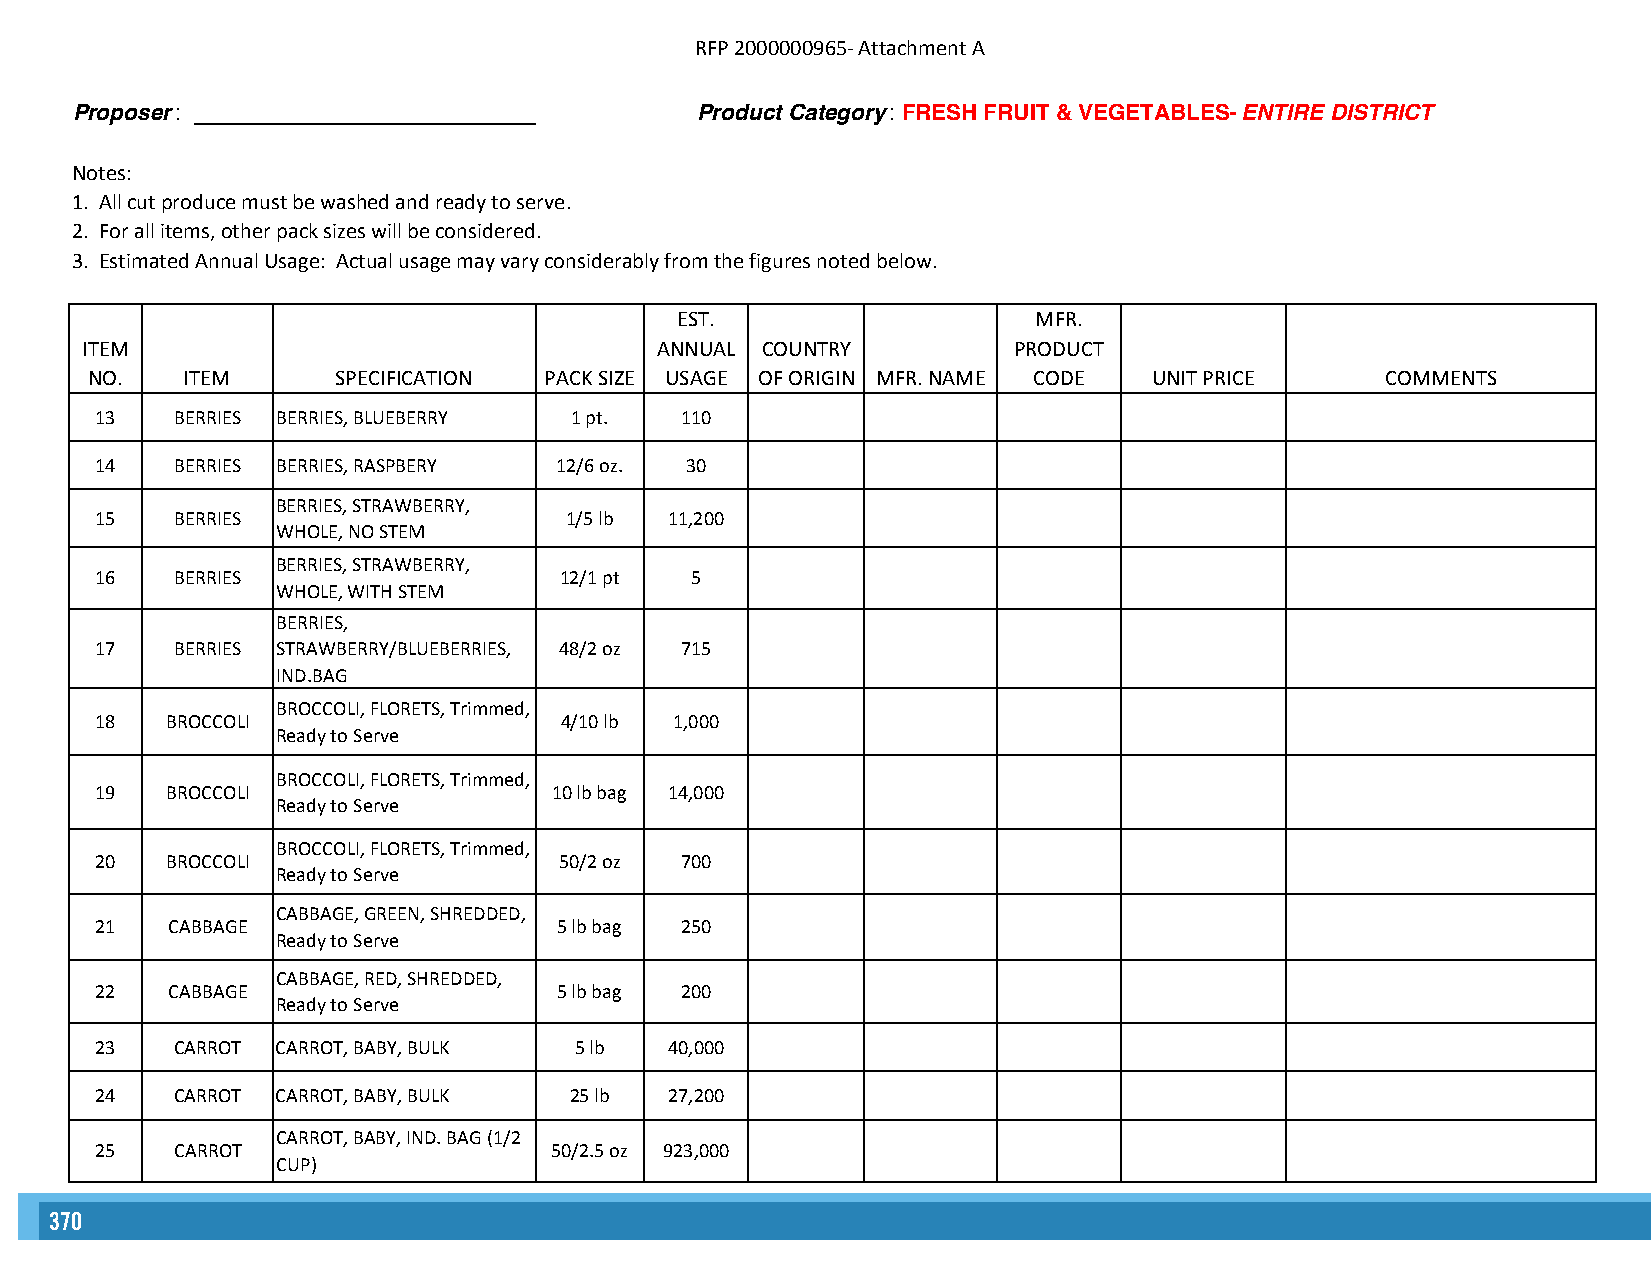
RFP 2000000965- Attachment A
 Proposer: ____________________________   Product Category: FRESH FRUIT & VEGETABLES- ENTIRE DISTRICT
 Notes:
 1. All cut produce must be washed and ready to serve.
 2. For all items, other pack sizes will be considered.
 3. Estimated Annual Usage: Actual usage may vary considerably from the figures noted below.
 EST.                    MFR.
 ITEM                                  ANNUAL COUNTRY          PRODUCT
 NO.   ITEM      SPECIFICATION PACK SIZE USAGE OF ORIGIN MFR. NAME CODE UNIT PRICE     COMMENTS
 13    BERRIES BERRIES, BLUEBERRY 1 pt. 110
 14    BERRIES BERRIES, RASPBERY 12/6 oz. 30
 BERRIES, STRAWBERRY,
 15    BERRIES                  1/5 lb 11,200
 WHOLE, NO STEM
 BERRIES, STRAWBERRY,
 16    BERRIES                  12/1 pt  5
 WHOLE, WITH STEM
 BERRIES,
 17    BERRIES STRAWBERRY/BLUEBERRIES, 48/2 oz 715
 IND.BAG
 BROCCOLI, FLORETS, Trimmed,
 18   BROCCOLI                  4/10 lb 1,000
 Ready to Serve
 BROCCOLI, FLORETS, Trimmed,
 19   BROCCOLI                  10 lb bag 14,000
 Ready to Serve
 BROCCOLI, FLORETS, Trimmed,
 20   BROCCOLI                  50/2 oz 700
 Ready to Serve
 CABBAGE, GREEN, SHREDDED,
 21   CABBAGE                   5 lb bag 250
 Ready to Serve
 CABBAGE, RED, SHREDDED,
 22   CABBAGE                   5 lb bag 200
 Ready to Serve
 23    CARROT CARROT, BABY, BULK 5 lb  40,000
 24    CARROT CARROT, BABY, BULK 25 lb 27,200
 CARROT, BABY, IND. BAG (1/2
 25    CARROT                  50/2.5 oz 923,000
 CUP)
 370